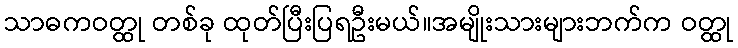
သာဓကဝတ္ထု တစ်ခု ထုတ်ပြီးပြရဦးမယ်။အမျိုးသားများဘက်က ဝတ္ထု